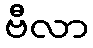
ဗီလာ